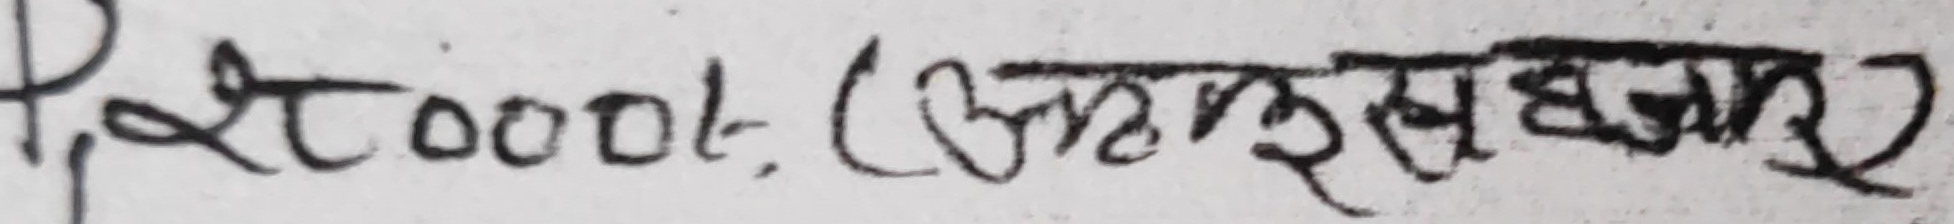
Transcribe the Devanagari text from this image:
P, २००/- (अंकुसहक)